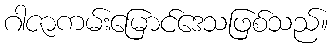
ဂါဇာကမ်းမြောင်ဒေသဖြစ်သည်။